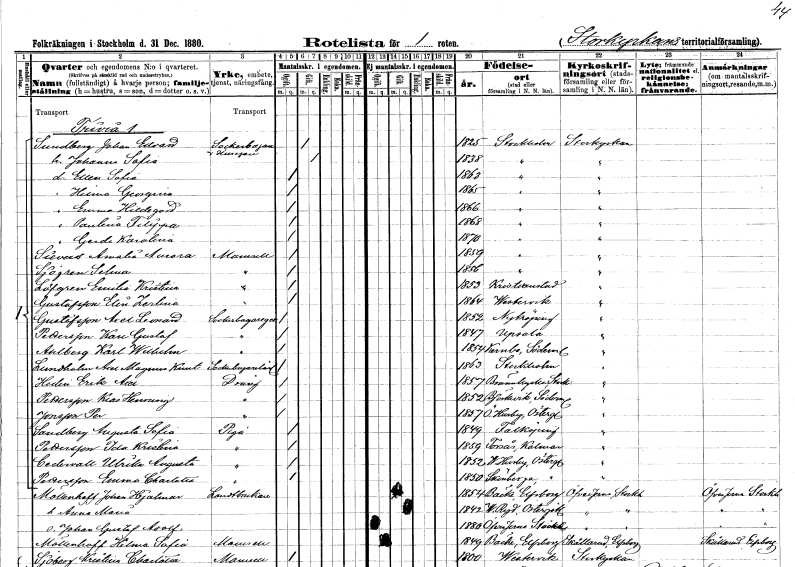
gt_parse: households: individuals: FN: Johan Edvard
EN: Sundberg
YRKE: Sockerbagare Husägare
KON: M
CIV: G
FODAR: 1825
FODFORS: Stockholm
FN: Johanna Sofia
KON: K
CIV: G
FODAR: 1838
FODFORS: Stockholm
FN: Ellen Sofia
KON: K
CIV: O
FODAR: 1863
FODFORS: Stockholm
FN: Hilma Georgina
KON: K
CIV: O
FODAR: 1865
FODFORS: Stockholm
FN: Emma Hildegard
KON: K
CIV: O
FODAR: 1866
FODFORS: Stockholm
FN: Paulina Filippa
KON: K
CIV: O
FODAR: 1868
FODFORS: Stockholm
FN: Gerda Karolina
KON: K
CIV: O
FODAR: 1870
FODFORS: Stockholm
FN: Amalia Aurora
EN: Sievers
KON: K
CIV: O
FODAR: 1859
FODFORS: Stockholm
FN: Selma
EN: Sjögren
KON: K
CIV: O
FODAR: 1856
FODFORS: Stockholm
FN: Emilia Kristina
EN: Löfgren
KON: K
CIV: O
FODAR: 1853
FODFORS: Kristianstad Kristianstads län
FN: Elin Zerlina
EN: Gustafsson
KON: K
CIV: O
FODAR: 1864
FODFORS: Västervik Kalmar län
FN: Axel Leonard
EN: Gustafsson
YRKE: Sockerbagaregesäll
KON: M
CIV: O
FODAR: 1852
FODFORS: Nyköping Södermanlands län
FN: Karl Gustaf
EN: Pettersson
YRKE: Sockerbagaregesäll
KON: M
CIV: O
FODAR: 1847
FODFORS: Uppsala Uppsala län
FN: Karl Wilhelm
EN: Ahlberg
YRKE: Sockerbagaregesäll
KON: M
CIV: O
FODAR: 1854
FODFORS: Kärnbo Södermanlands län
FN: Axel Magnus Knut
EN: Lundholm
YRKE: Sockerbagarelärling
KON: M
CIV: O
FODAR: 1863
FODFORS: Stockholm
FN: Erik Axel
EN: Hedin
YRKE: Dräng
KON: M
CIV: O
FODAR: 1857
FODFORS: Brännkyrka Stockholms län
FN: Klas Henning
EN: Pettersson
YRKE: Dräng
KON: M
CIV: O
FODAR: 1852
FODFORS: Björkvik Södermanlands län
FN: Per
EN: Jonsson
YRKE: Dräng
KON: M
CIV: O
FODAR: 1857
FODFORS: Östra Husby Östergötlands län
FN: Augusta Sofia
EN: Sandberg
YRKE: Piga
KON: K
CIV: O
FODAR: 1849
FODFORS: Falköping Skaraborgs län
FN: Ida Kristina
EN: Pettersson
YRKE: Piga
KON: K
CIV: O
FODAR: 1859
FODFORS: Torsås Kalmar län
FN: Ulrika Augusta
EN: Cedervall
YRKE: Piga
KON: K
CIV: O
FODAR: 1852
FODFORS: Västra Husby Östergötlands län
FN: Emma Charlotta
EN: Pettersson
YRKE: Piga
KON: K
CIV: O
FODAR: 1850
FODFORS: Skönberga Östergötlands län